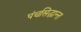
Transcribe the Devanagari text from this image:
पंचसिद्धान्त